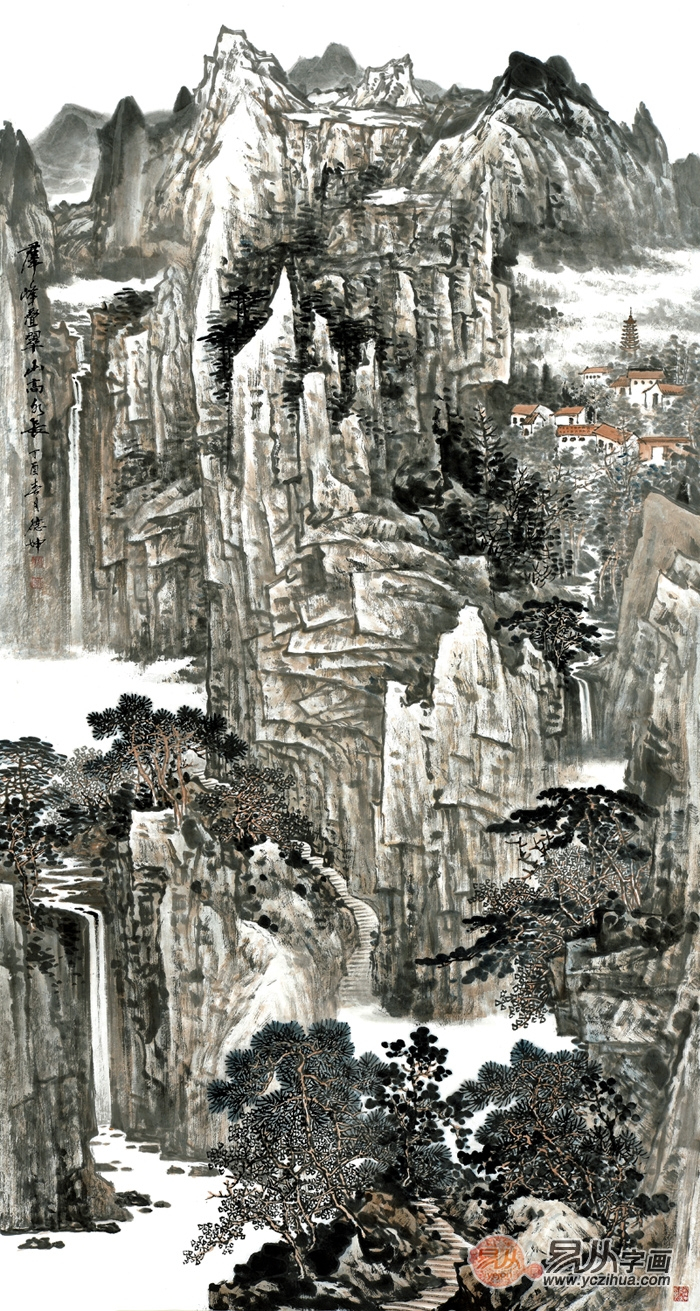
乐易者常寿长，忧险者常夭折。